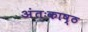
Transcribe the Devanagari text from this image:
अंतःकाष्ठ